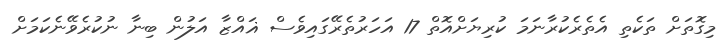
މިގޮތަށް ތަކެތި އެތެރެކުރާނަމަ ކުރިޔަށްއޮތް 17 އަހަރުތެރޭގައިވެސް ޣައްޒާ އަލުން ބިނާ ނުކުރެވޭނެކަމަށް